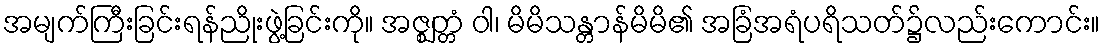
အမျက်ကြီးခြင်းရန်ညိုးဖွဲ့ခြင်းကို။ အဇ္ဈတ္တံ ဝါ၊ မိမိသန္တာန်မိမိ၏ အခြံအရံပရိသတ်၌လည်းကောင်း။